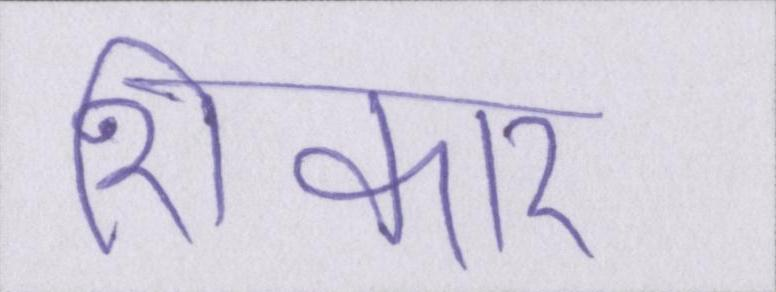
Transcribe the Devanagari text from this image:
शिकार